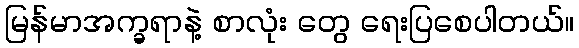
မြန်မာအက္ခရာနဲ့ စာလုံး တွေ ရေးပြစေပါတယ်။